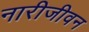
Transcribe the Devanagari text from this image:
नारीजीवन